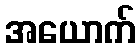
အယောက်